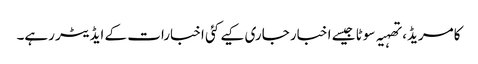
کامریڈ، تھہیہ سوٹا جیسے اخبار جاری کیے کئی اخبارات کے ایڈیٹر رہے۔